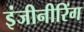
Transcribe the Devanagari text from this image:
इंजीनीरिंग